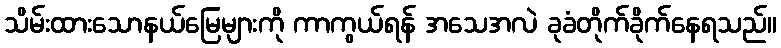
သိမ်းထားသောနယ်မြေများကို ကာကွယ်ရန် အသေအလဲ ခုခံတိုက်ခိုက်နေရသည်။